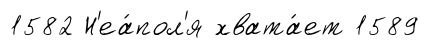
1582 Н'еа́пол'я хвата́ет 1589